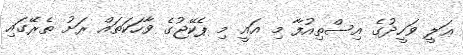
ޢަލީ ވަހީދުގެ އިސްތިއުފާ މި އައީ މި ޕެކޭޖުގެ ވާހަކަތައް ރަށު ތެރޭގައި